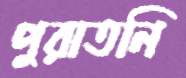
পুরাতনি